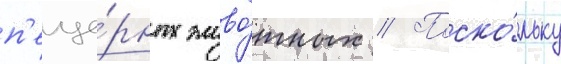
п'еще́рных живо́тных // Поско́льку